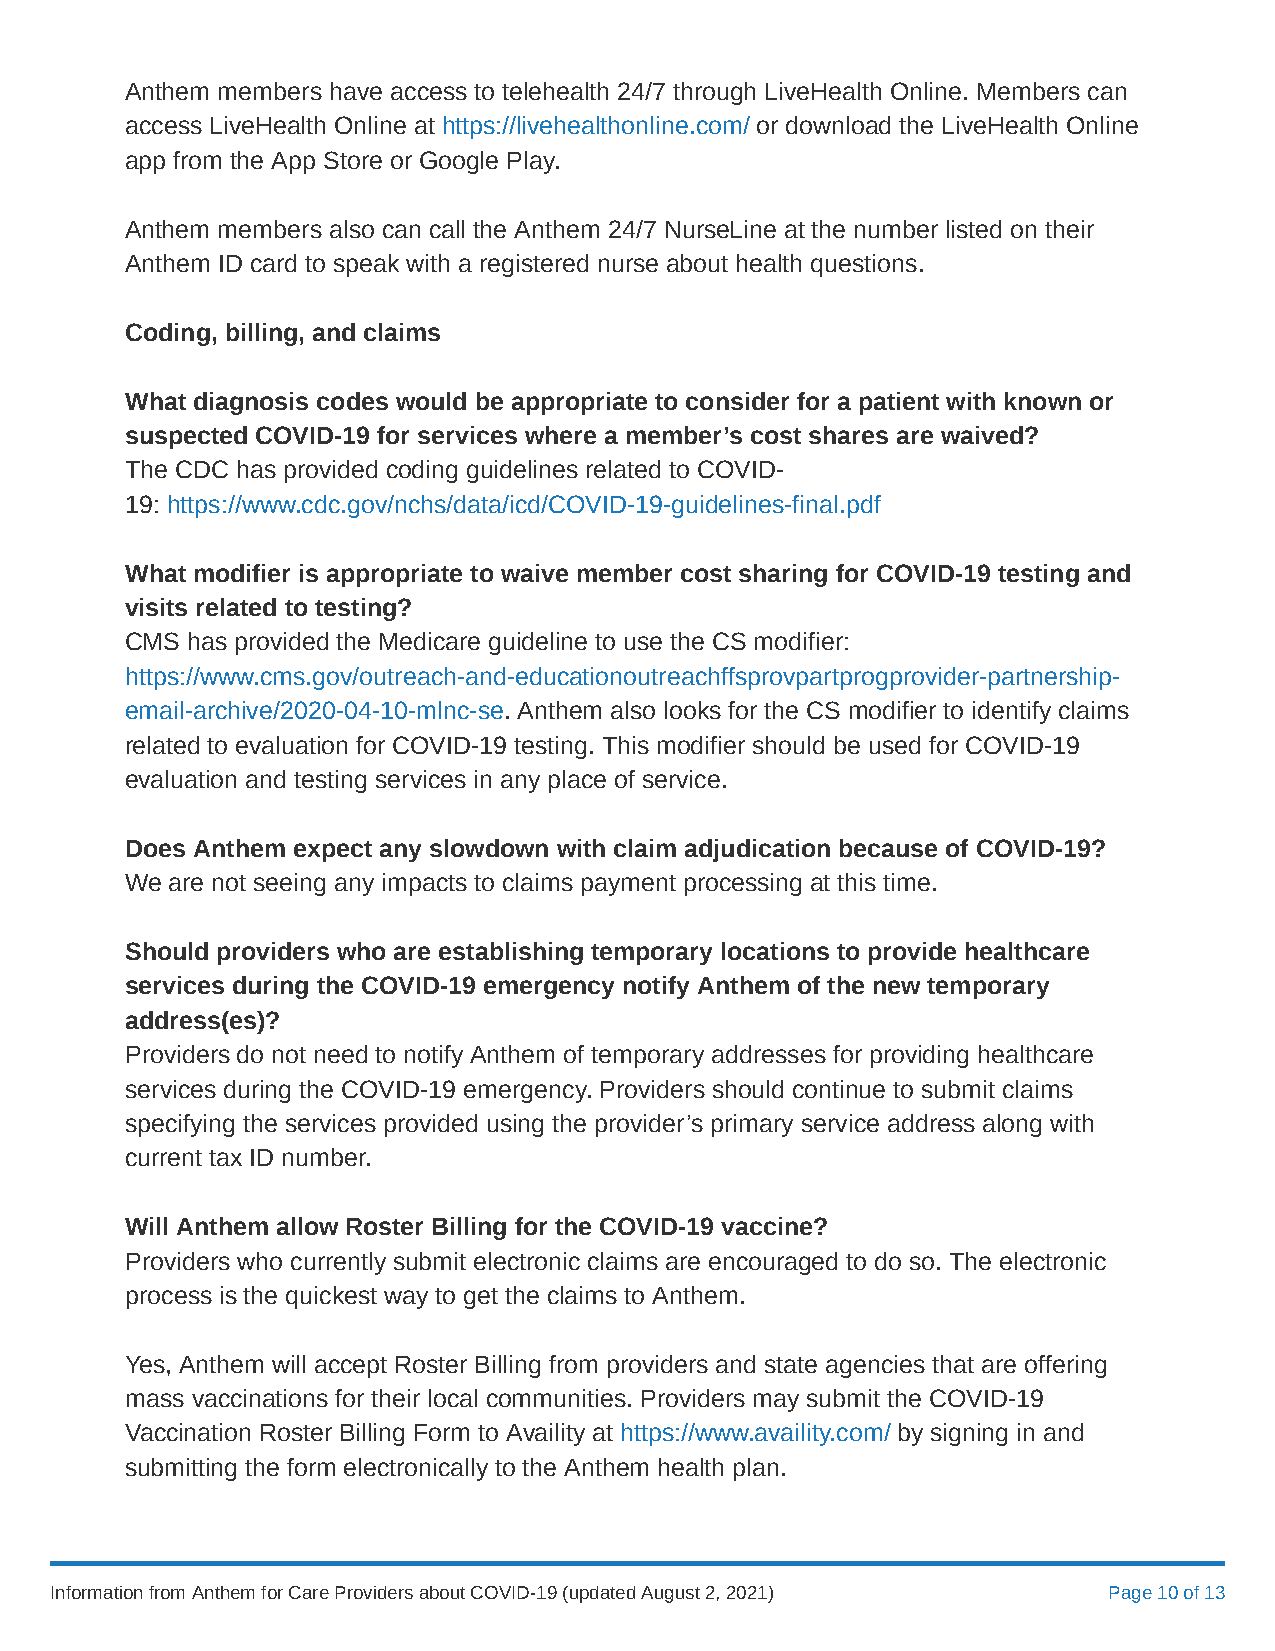
Anthem members have access to telehealth 24/7 through LiveHealth Online. Members can
 access LiveHealth Online at https://livehealthonline.com/ or download the LiveHealth Online
 app from the App Store or Google Play.
 Anthem members also can call the Anthem 24/7 NurseLine at the number listed on their
 Anthem ID card to speak with a registered nurse about health questions.
 Coding, billing, and claims
 What diagnosis codes would be appropriate to consider for a patient with known or
 suspected COVID-19 for services where a member’s cost shares are waived?
 The CDC has provided coding guidelines related to COVID-
 19: https://www.cdc.gov/nchs/data/icd/COVID-19-guidelines-final.pdf
 What modifier is appropriate to waive member cost sharing for COVID-19 testing and
 visits related to testing?
 CMS has provided the Medicare guideline to use the CS modifier:
 https://www.cms.gov/outreach-and-educationoutreachffsprovpartprogprovider-partnership-
 email-archive/2020-04-10-mlnc-se. Anthem also looks for the CS modifier to identify claims
 related to evaluation for COVID-19 testing. This modifier should be used for COVID-19
 evaluation and testing services in any place of service.
 Does Anthem expect any slowdown with claim adjudication because of COVID-19?
 We are not seeing any impacts to claims payment processing at this time.
 Should providers who are establishing temporary locations to provide healthcare
 services during the COVID-19 emergency notify Anthem of the new temporary
 address(es)?
 Providers do not need to notify Anthem of temporary addresses for providing healthcare
 services during the COVID-19 emergency. Providers should continue to submit claims
 specifying the services provided using the provider’s primary service address along with
 current tax ID number.
 Will Anthem allow Roster Billing for the COVID-19 vaccine?
 Providers who currently submit electronic claims are encouraged to do so. The electronic
 process is the quickest way to get the claims to Anthem.
 Yes, Anthem will accept Roster Billing from providers and state agencies that are offering
 mass vaccinations for their local communities. Providers may submit the COVID-19
 Vaccination Roster Billing Form to Availity at https://www.availity.com/ by signing in and
 submitting the form electronically to the Anthem health plan.
 Information from Anthem for Care Providers about COVID-19 (updated August 2, 2021) Page 10 of 13